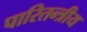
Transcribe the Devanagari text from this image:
पारितन्त्रीय